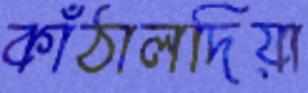
কাঁঠালদিয়া